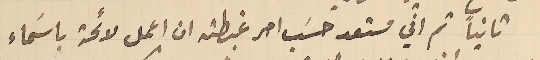
ثانياً ثم اني مستعد حسَب امر غبطته ان اعمل لائحة باسَماء